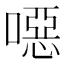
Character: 噁